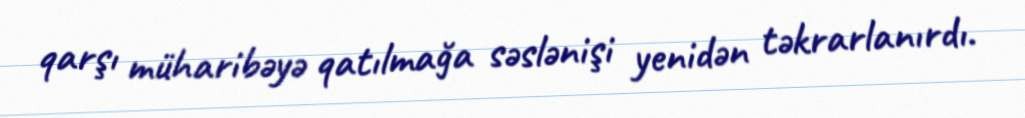
qarşı müharibəyə qatılmağa səslənişi yenidən təkrarlanırdı.